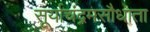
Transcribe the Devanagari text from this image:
सूर्याचंद्रमसौधाता